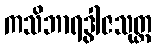
ကသိဘာရဒွါဇသုတ္တ